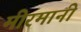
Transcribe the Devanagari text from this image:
मीरमानी